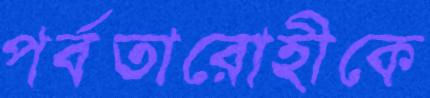
পর্বতারোহীকে